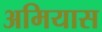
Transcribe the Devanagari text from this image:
अमियास